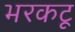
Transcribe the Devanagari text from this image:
भरकटू